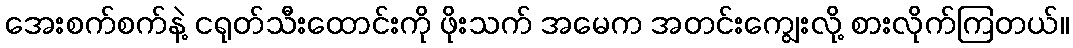
အေးစက်စက်နဲ့ ငရုတ်သီးထောင်းကို ဖိုးသက် အမေက အတင်းကျွေးလို့ စားလိုက်ကြတယ်။